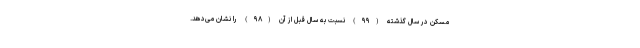
مسکن در سال گذشته (۹۹) نسبت به سال قبل از آن (۹۸) را نشان می‌دهد.